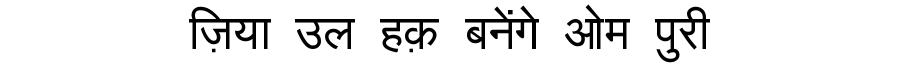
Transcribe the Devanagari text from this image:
ज़िया उल हक़ बनेंगे ओम पुरी